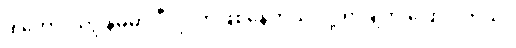
ဒါတောင် ကျွန်မမှာ ဒီလိုလာဖြစ်နေတယ် လို့ ရာ့ချ်က ပြောပါတယ်။